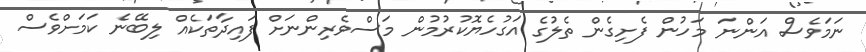
ނަމަވެސް އަންނަ މަހުން ފެށިގެން ތެލުގެ އަގުހެޔޮކުރުމުން މަސްވެރިންނަށް ފައިދާތަކެއް ލިބޭނެ ކަމަށްވެސް